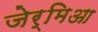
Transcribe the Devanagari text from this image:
जेर्मिआ